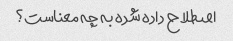
اصطلاح داده شده به چه معناست؟